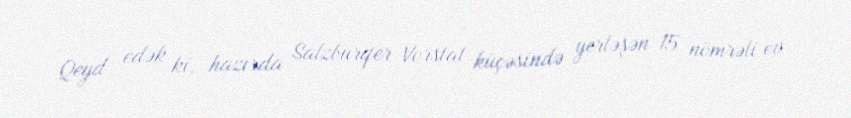
Qeyd edək ki, hazırda Salzburqer Vorstat küçəsində yerləşən 15 nömrəli ev